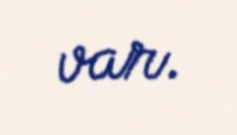
var.